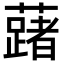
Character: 𬟅